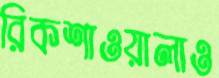
রিকশাওয়ালাও